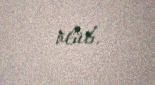
ölüb.